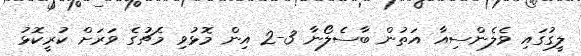
ލީގުގައި ވެލެންސިއާ އަތުން ބާސެލޯނާ 3-2 އިން މޮޅުވި މެޗުގެ ވަރަށް ކުރީކޮޅު